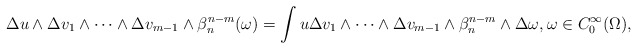
\begin{align*}\Delta u\wedge\Delta v_1\wedge\dots\wedge \Delta v_{m-1}\wedge\beta_n^{n-m}(\omega) =\int u\Delta v_1\wedge\dots\wedge \Delta v_{m-1}\wedge\beta_n^{n-m}\wedge\Delta \omega, \omega \in C_0^{\infty}(\Omega), \end{align*}